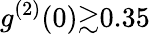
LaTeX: g^{(2)}(0){\gtrsim}0.35